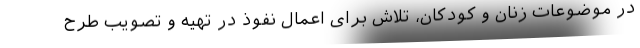
در موضوعات زنان و کودکان، تلاش برای اعمال نفوذ در تهیه و تصویب طرح